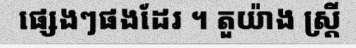
ផ្សេងៗផងដែរ ។ តួយ៉ាង ស្ត្រី